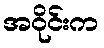
အဝိုင်းက